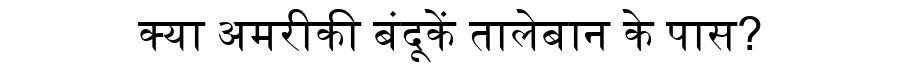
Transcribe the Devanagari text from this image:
क्या अमरीकी बंदूकें तालेबान के पास?